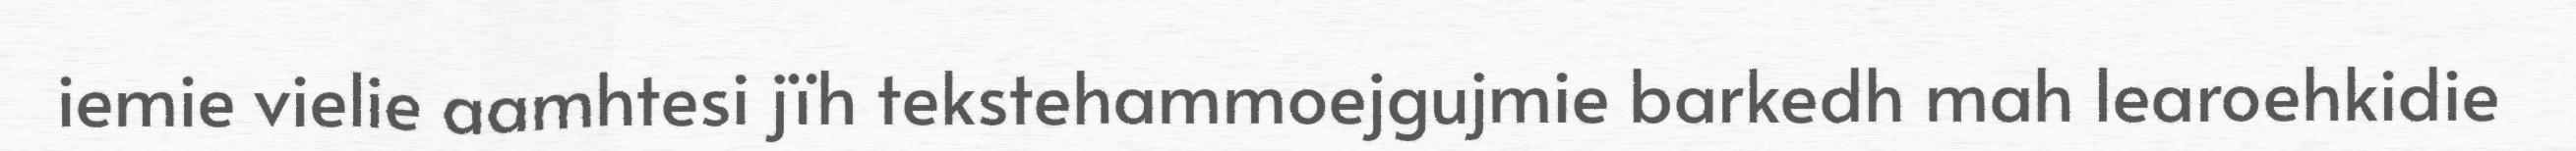
iemie vielie aamhtesi jïh tekstehammoejgujmie barkedh mah learoehkidie